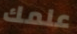
علمك